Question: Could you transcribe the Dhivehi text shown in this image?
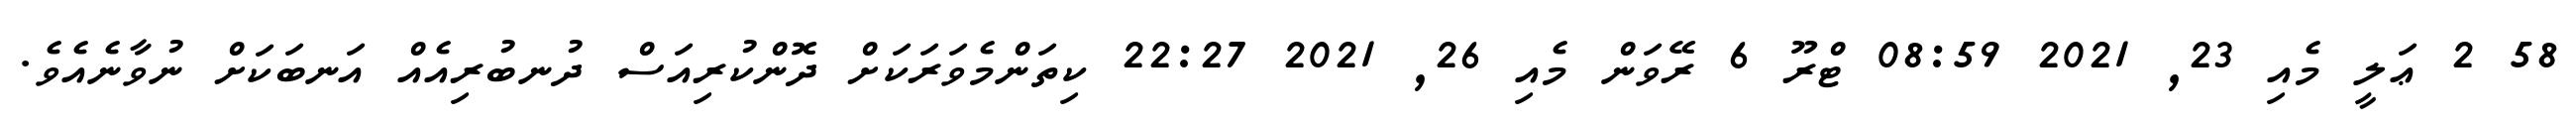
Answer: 58 2 ޢަލީ މެއި 23, 2021 08:59 ޓްރޫ 6 ރޭވަން މެއި 26, 2021 22:27 ކިތަންމެވަރަކަށް ދޮންކުރިއަސް ދުނބުރިއެއް އަނބަކަށް ނުވާނެއެވެ.